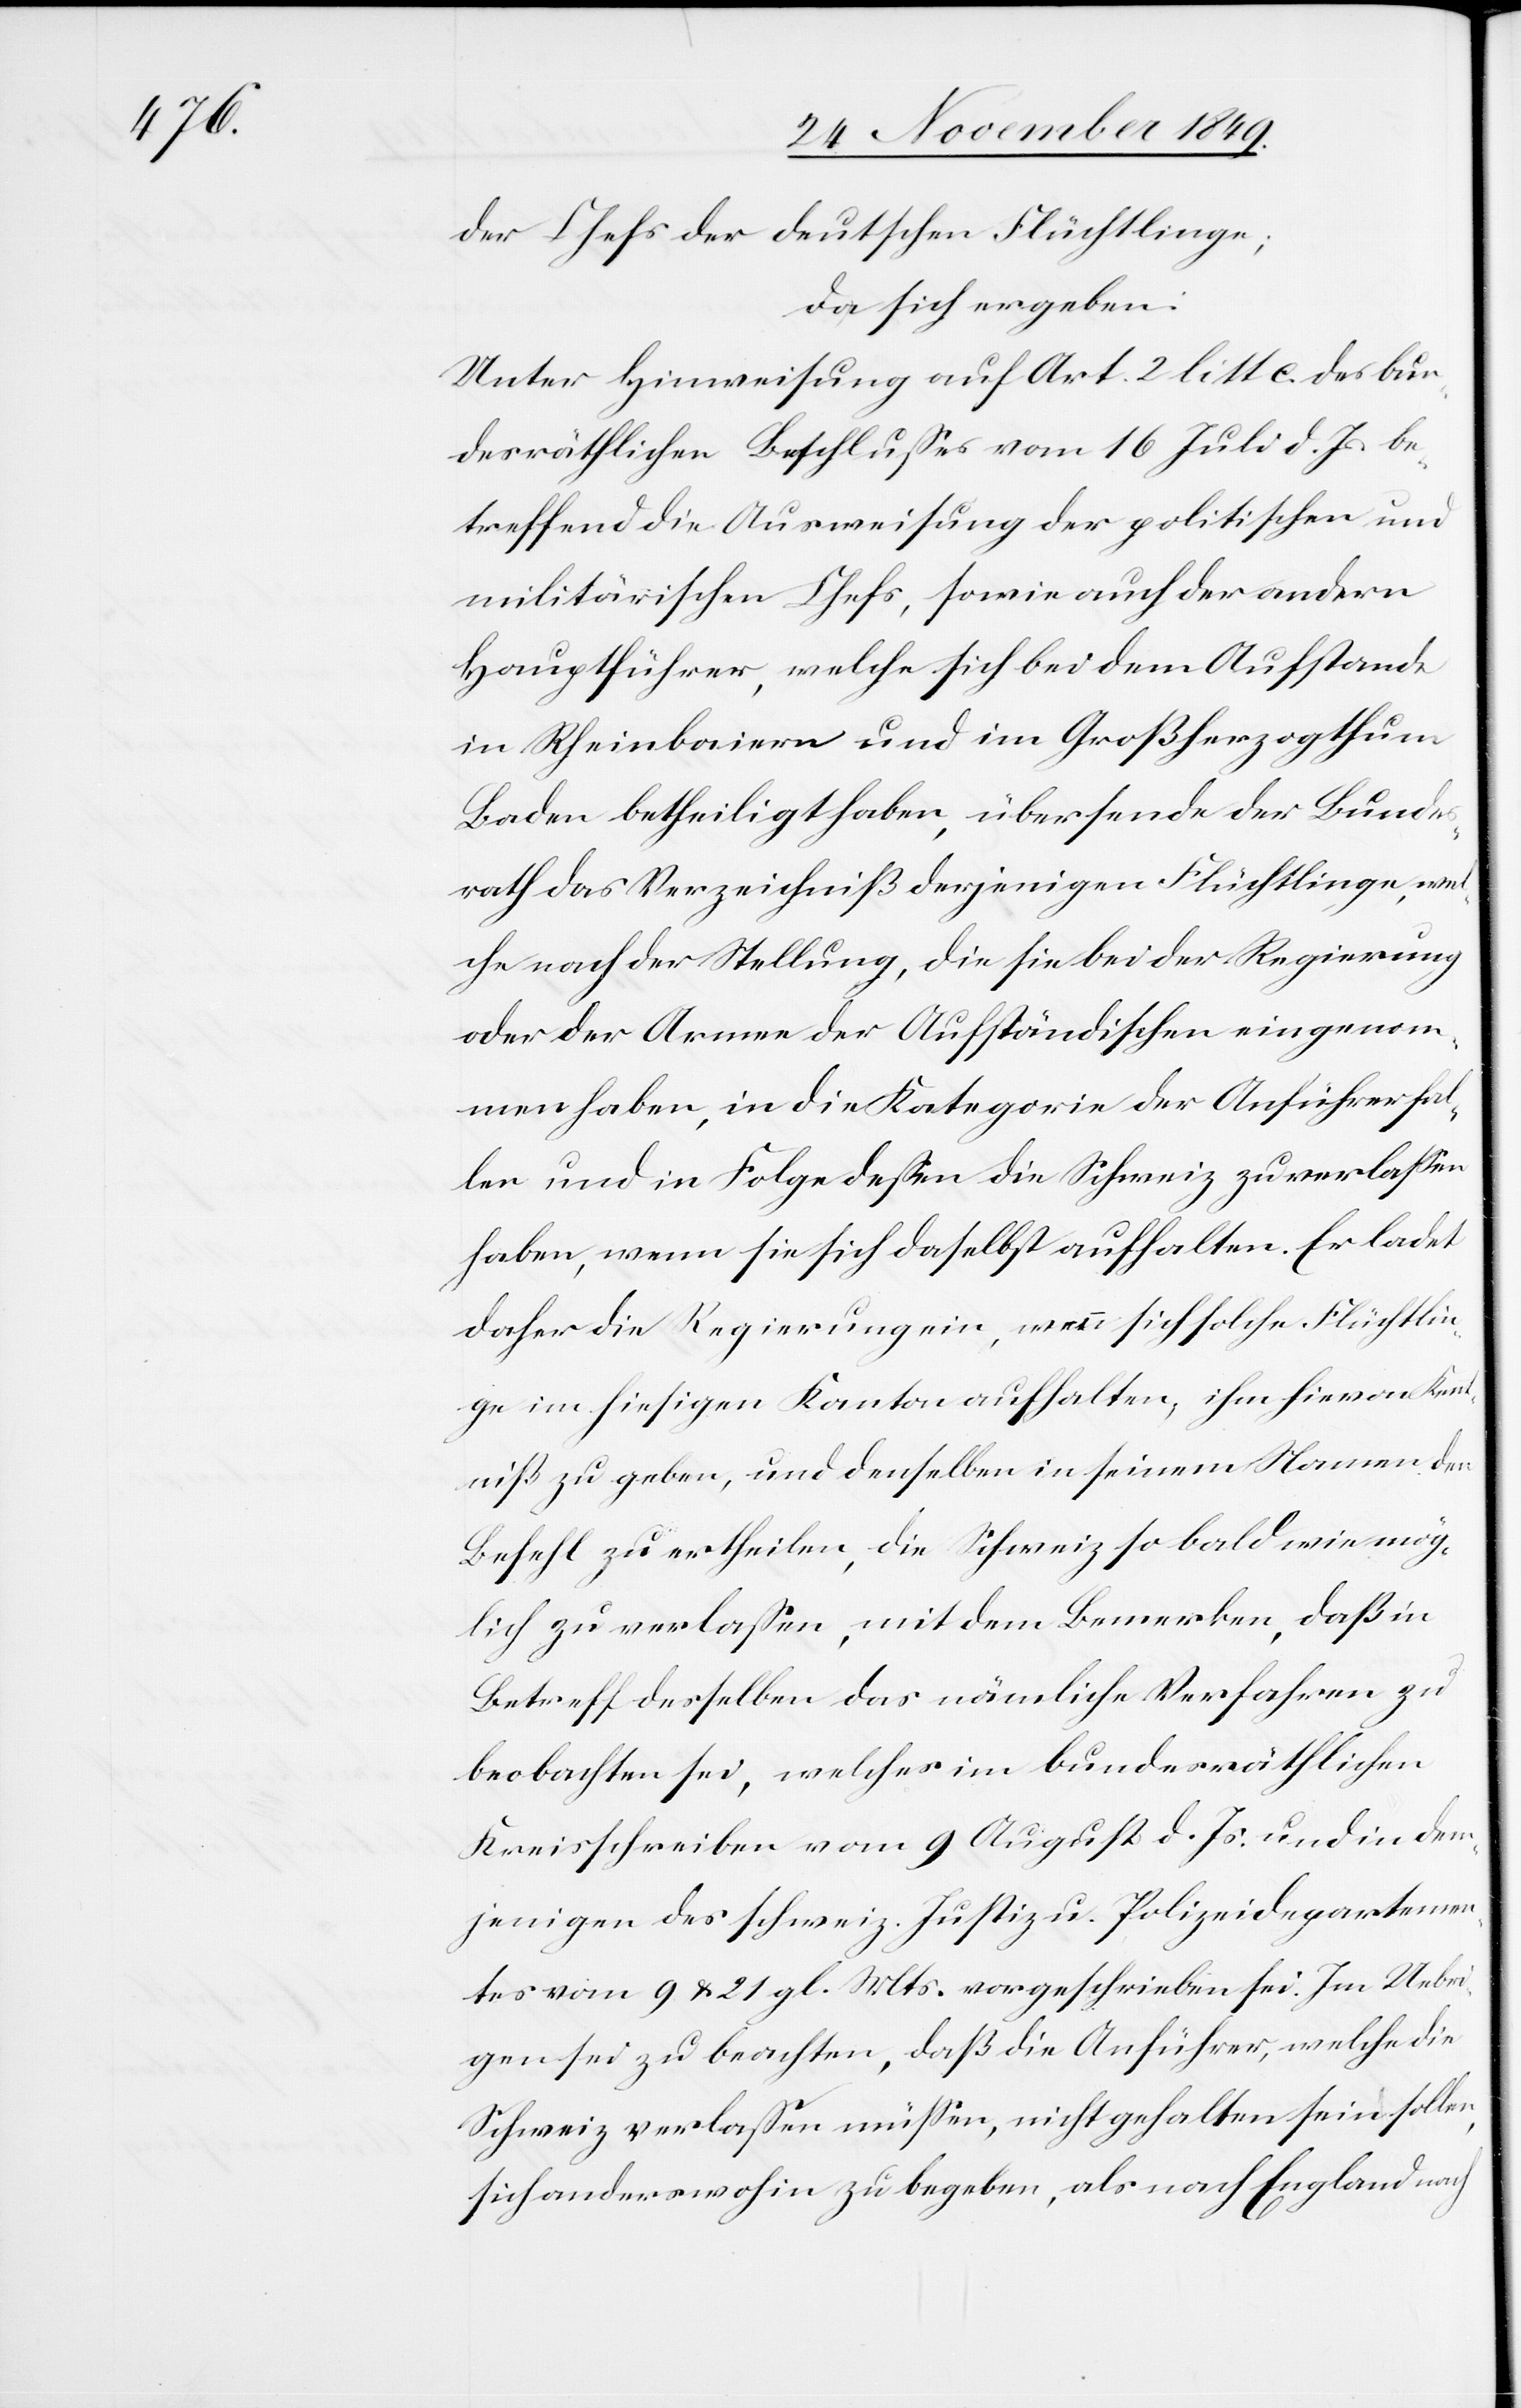
der Chefs der deutschen Flüchtlinge;
da sich ergeben:
Unter Hinweisung auf Art. 2 litt c. des bun¬
desräthlichen Beschlußes vom 16 Juli d. Js. be¬
treffend die Ausweisung der politischen und
militärischen Chefs, sowie auch der andern
Hauptführer, welche sich bei dem Aufstande
in Rheinbaiern und im Großherzogthum
Baden betheiligt haben, übersende der Bundes¬
rath das Verzeichniß derjenigen Flüchtlinge, wel¬
che nach der Stellung, die sie bei der Regierung
oder der Armee der Aufständischen eingenom¬
men haben, in die Kategorie der Anführer fal¬
len und in Folge deßen die Schweiz zu verlaßen
haben, wenn sie sich daselbst aufhalten. Er ladet
daher die Regierung ein, wenn sich solche Flüchtlin¬
ge im hiesigen Kanton aufhalten, ihm hievon Kennt¬
niß zu geben, und denselben in seinem Namen den
Befehl zu ertheilen, die Schweiz so bald wie mög¬
lich zu verlaßen, mit dem Bemerken, daß in
Betreff desselben das nämliche Verfahren zu
beobachten sei, welches im bundesräthlichen
Kreisschreiben vom 9 August d. Js. und in dem¬
jenigen des schweiz. Justiz- u. Polizeidepartemen¬
tes vom 9 u. 21 gl. Mts. vorgeschrieben sei. Im Uebri¬
gen sei zu beachten, daß die Anführer, welche die
Schweiz verlaßen müßen, nicht gehalten sein sollen,
sich anderswohin zu begeben, als nach England nach